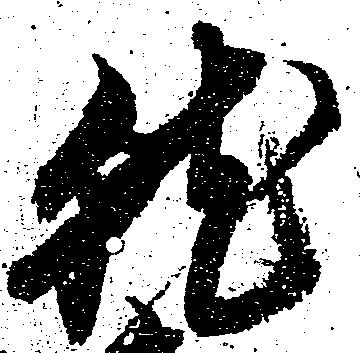
就